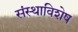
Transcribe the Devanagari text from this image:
संस्थाविशेष